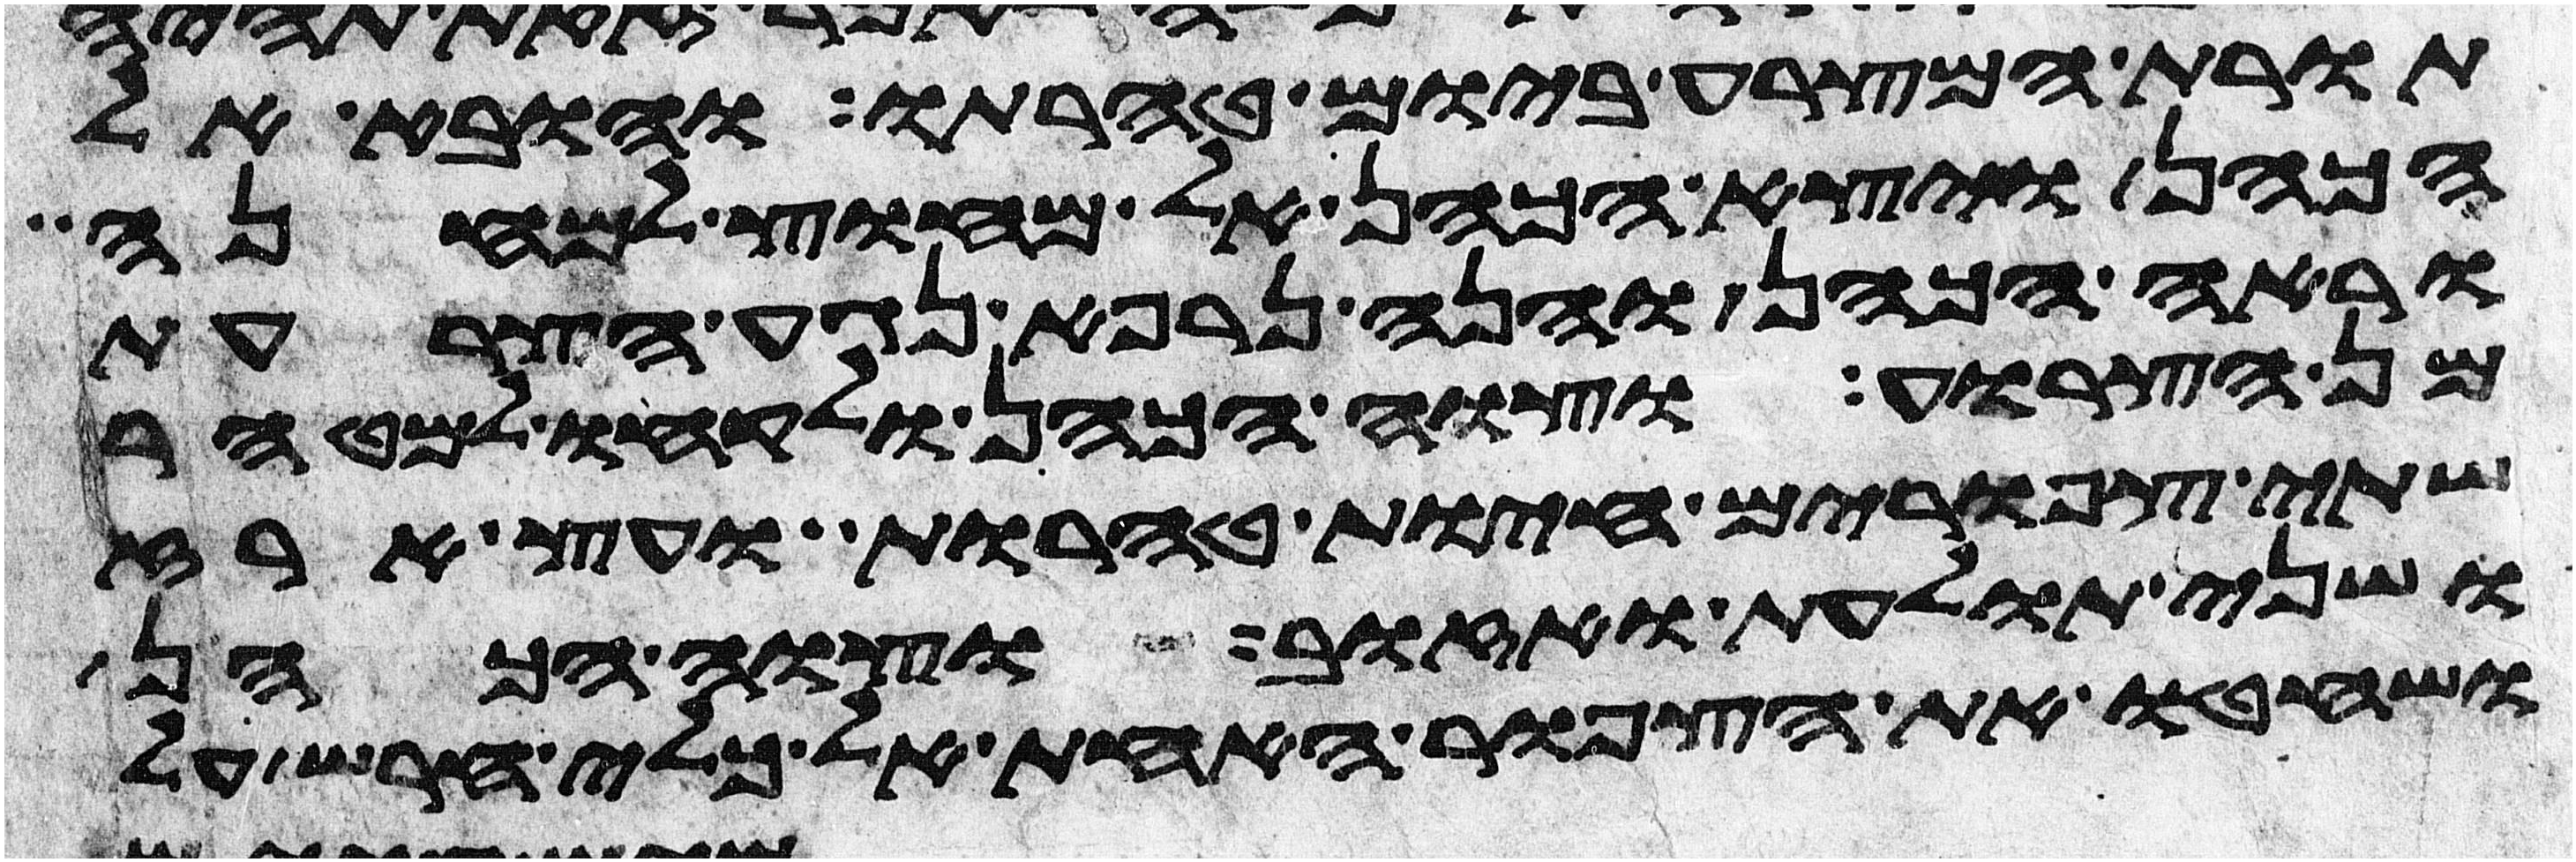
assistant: תורת המצרע ביום טהרתו והובא אל
הכהן ויצא הכהן אל מחוץ למחנה
וראה הכהן והנה נרפא נגע הצרעת
מן הצרוע וצוה הכהן ולקחו למטהר
שתי צפורים חיות טהרות ועץ ארז
ושני תולעת ואזוב וצוה הכהן
ושחטו את הצפור האחת אל כלי חרש על